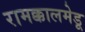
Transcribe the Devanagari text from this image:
रामक्कालमेडू